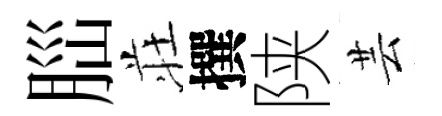
𦛁荘撰陕芸